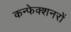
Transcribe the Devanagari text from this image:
कन्फेक्शनरों